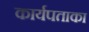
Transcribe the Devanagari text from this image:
कार्यपताका